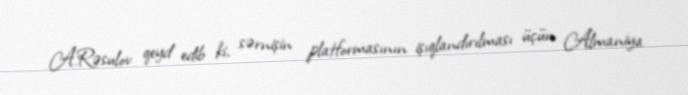
A.Rəsulov qeyd edib ki, sərnişin platformasının işıqlandırılması üçün Almaniya